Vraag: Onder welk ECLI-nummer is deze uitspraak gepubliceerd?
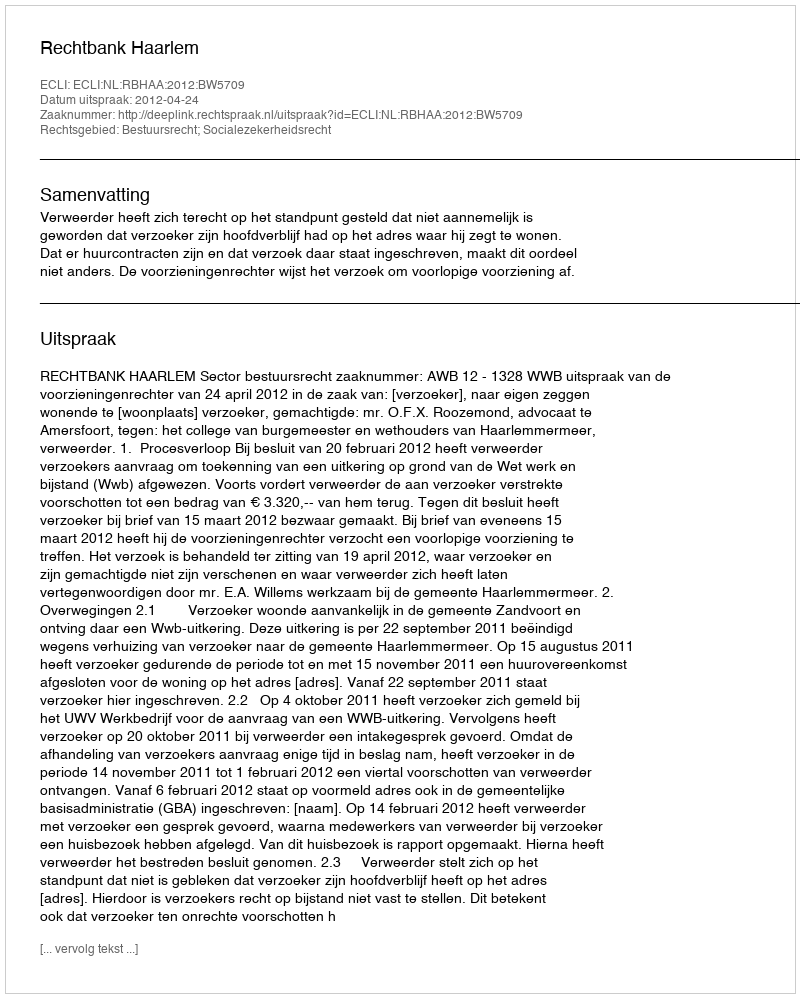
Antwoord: ECLI:NL:RBHAA:2012:BW5709